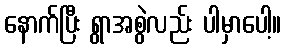
နောက်ပြီး ရွာအစွဲလည်း ပါမှာပေါ့။